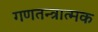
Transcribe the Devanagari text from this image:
गणतन्त्रात्मक